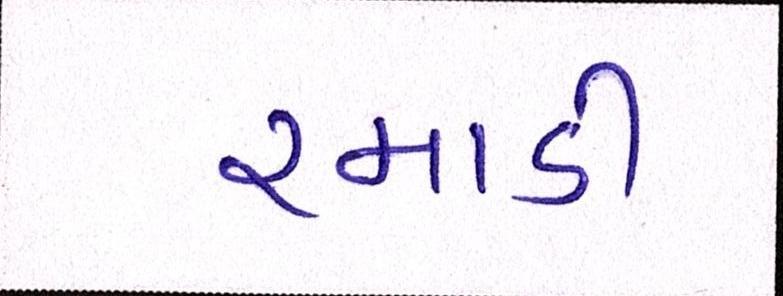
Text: રમાડી